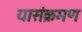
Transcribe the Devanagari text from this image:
यासंक्रमण